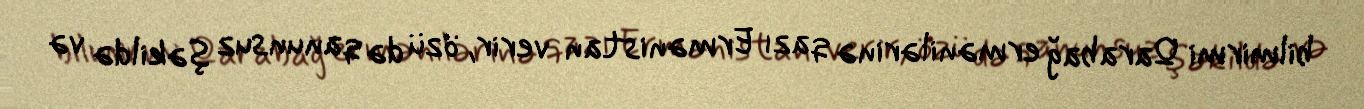
bilmirmi Qarabağ ermənilərinə qazı Ermənistan verir, özü də qanunsuz şəkildə və